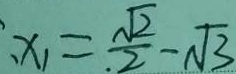
x _ { 1 } = \frac { \sqrt { 2 } } { 2 } - \sqrt { 3 }